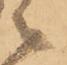
ニ